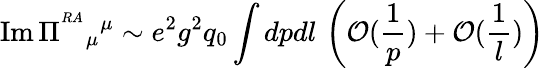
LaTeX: \mathrm{Im}\, \Pi^{^{RA}}{}_{\mu}{}^{\mu}\sim e^{2}g^{2}q_{0}\int dp{dl}\, \left({\cal O}({\frac{1}{p}})+{\cal O}({\frac{1}{l}})\right)